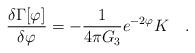
LaTeX: \begin{align*}{\delta \Gamma[\varphi] \over \delta \varphi}=-{1 \over 4\pi G_3}e^{-2\varphi}K~~~.\end{align*}